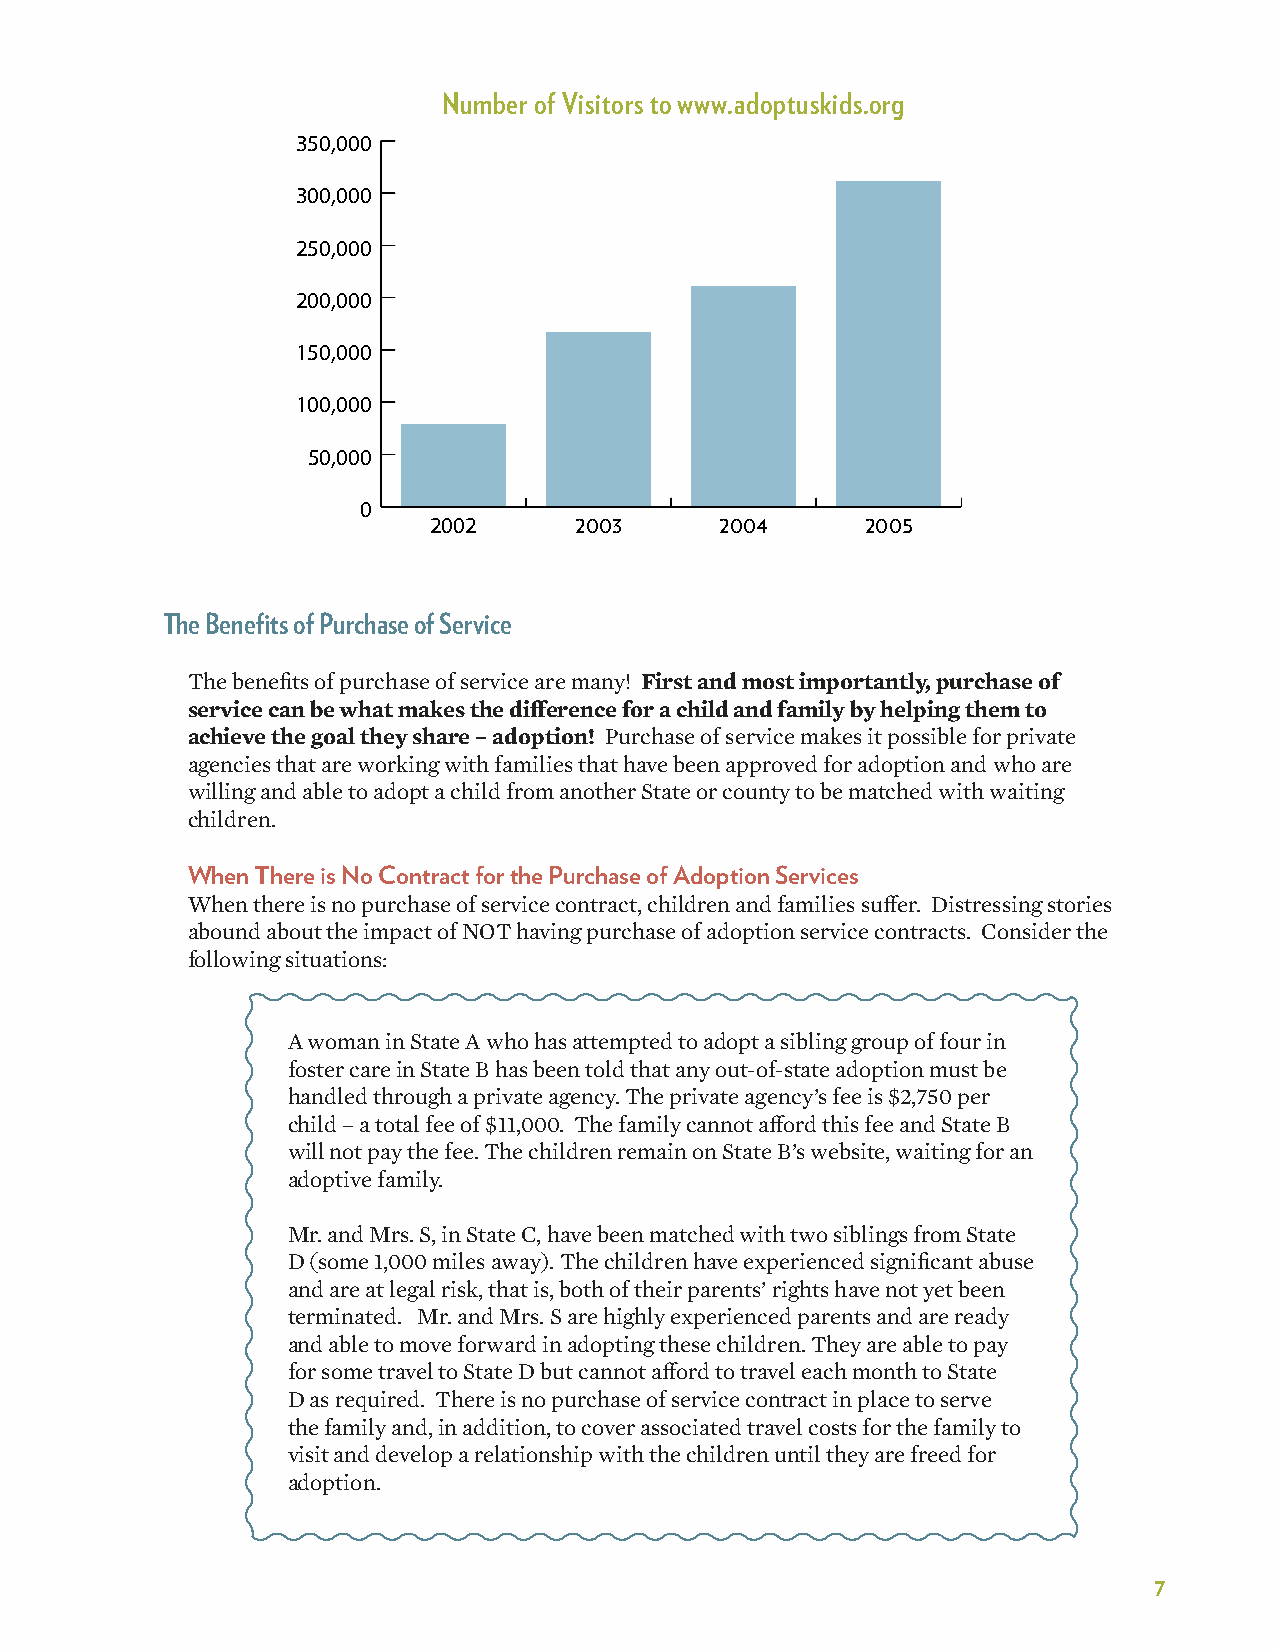
Number of Visitors to www.adoptuskids.org
 350,000
 300,000
 250,000
 200,000
 150,000
 100,000
 50,000
 0
 2002      2003      2004     2005
 The Benefits of Purchase of Service
 The benefits of purchase of service are many! First and most importantly, purchase of
 service can be what makes the difference for a child and family by helping them to
 achieve the goal they share – adoption! Purchase of service makes it possible for private
 agencies that are working with families that have been approved for adoption and who are
 willing and able to adopt a child from another State or county to be matched with waiting
 children.
 When There is No Contract for the Purchase of Adoption Services
 When there is no purchase of service contract, children and families suffer. Distressing stories
 abound about the impact of NOT having purchase of adoption service contracts. Consider the
 following situations:
 A woman in State A who has attempted to adopt a sibling group of four in
 foster care in State B has been told that any out-of-state adoption must be
 handled through a private agency. The private agency’s fee is $2,750 per
 child – a total fee of $11,000. The family cannot afford this fee and State B
 will not pay the fee. The children remain on State B’s website, waiting for an
 adoptive family.
 Mr. and Mrs. S, in State C, have been matched with two siblings from State
 D (some 1,000 miles away). The children have experienced significant abuse
 and are at legal risk, that is, both of their parents’ rights have not yet been
 terminated. Mr. and Mrs. S are highly experienced parents and are ready
 and able to move forward in adopting these children. They are able to pay
 for some travel to State D but cannot afford to travel each month to State
 D as required. There is no purchase of service contract in place to serve
 the family and, in addition, to cover associated travel costs for the family to
 visit and develop a relationship with the children until they are freed for
 adoption.
 7